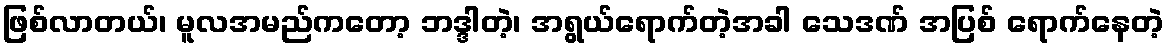
ဖြစ်လာတယ်၊ မူလအမည်ကတော့ ဘဒ္ဒါတဲ့၊ အရွယ်ရောက်တဲ့အခါ သေဒဏ် အပြစ် ရောက်နေတဲ့